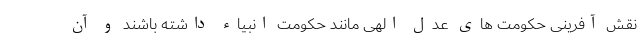
نقش آفرینی حکومت های عدل الهی مانند حکومت انبیاء داشته باشند و آن